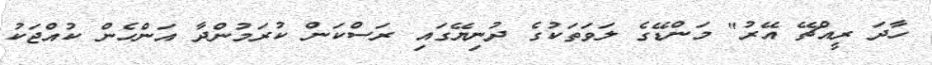
ހާދަ ރީއްޗޭ އޭރު" މަންޑޭގެ ލަވަތަކުގެ ދުނިޔޭގައި ރަސްކަން ކުރަމުންދާ އަންހެން ކުއްޖަކު